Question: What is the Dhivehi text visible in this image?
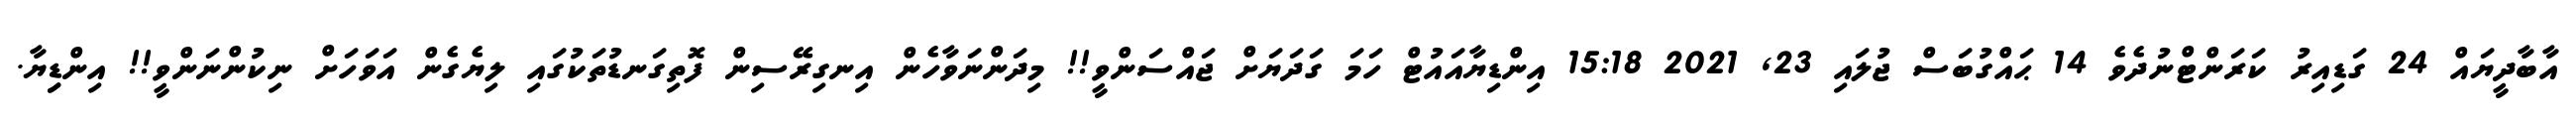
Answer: އާބާދީޔައް 24 ގަޑިއިރު ކަރަންޓްނުދެވެ 14 ޙައްގުބަސް ޖުލައި 23, 2021 15:18 އިންޑިޔާއައުޓް ހަމަ ގަދަޔަށް ޖައްސަންވީ!! މިދަންނަވާހެން އިނގިރޭސިން ފޮތިގަނޑުތަކުގައި ލިޔެގެން އަވަހަށް ނިކުންނަންވީ!! އިންޑިިޔާ.